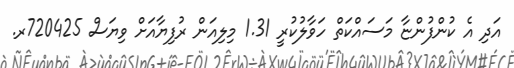
އަދި އެ ކުންފުންޏާ މަސައްކަތް ހަވާލުކުރީ 1.31 މިލިއަން ރުފިޔާއަށް ވިޔަސް 720425ރ.